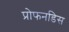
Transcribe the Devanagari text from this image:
प्रोफनडिस